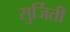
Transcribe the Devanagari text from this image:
सुर्जिती